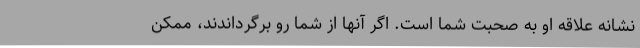
نشانه علاقه او به صحبت شما است. اگر آنها از شما رو برگرداندند، ممکن